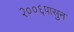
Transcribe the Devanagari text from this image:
२००६पासुन